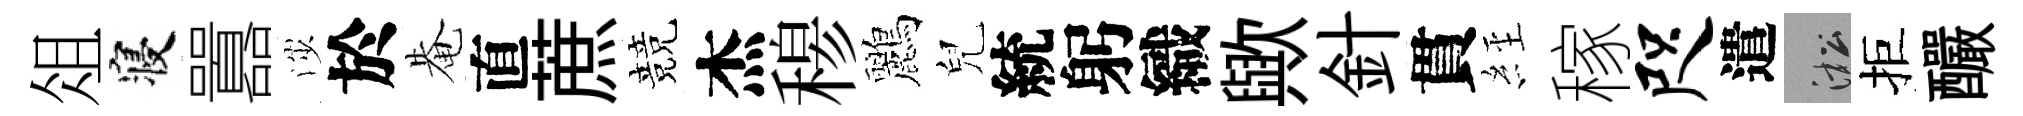
俎寝囂渉於𤲅直蔗競杰𥠇鸝兒統躬織歟針貫𦀇稼咫遣淞拒釅